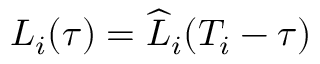
L _ { i } ( \tau ) = \widehat { L } _ { i } ( T _ { i } - \tau )